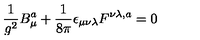
\frac { 1 } { g ^ { 2 } } B _ { \mu } ^ { a } + \frac { 1 } { 8 \pi } \epsilon _ { \mu \nu \lambda } F ^ { \nu \lambda , a } = 0